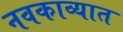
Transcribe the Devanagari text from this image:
नवकाव्यात